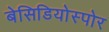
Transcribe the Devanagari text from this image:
बेसिडियोस्पोर